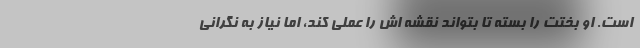
است. او بختت را بسته تا بتواند نقشه اش را عملی کند، اما نیاز به نگرانی